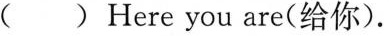
( ) Here you are(给你).